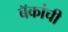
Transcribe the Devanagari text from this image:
बॅकांची